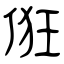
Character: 俇